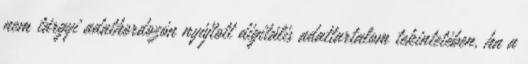
nem tárgyi adathordozón nyújtott digitális adattartalom tekintetében, ha a